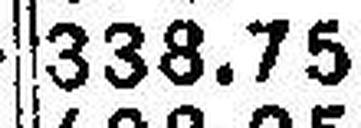
338.75